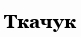
Ткачук